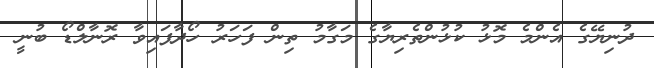
ދުނިޔޭގެ އެންމެ މޮޅު ކުޅުންތެރިޔާގެ މަގާމު ތިން ފަހަރު ހޯދާފައިވާ ރޮނާލްޑޯ ބުނީ